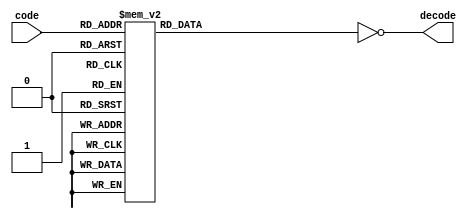
module SEG_4bit #(  // parameters
      parameter invert =1
   
) (	  // I/O Declaration
    input  [3:0] code,
   
    output reg [6:0] decode
   
);


always @ * begin
case (code) //case ( expression )
4'h0: decode = 7'b0111111; // constantExpr: action;
4'h1: decode = 7'b0000110; // constantExpr: action;
4'h2: decode = 7'b1011011; // constantExpr: action;7'b1110111;
4'h3: decode = 7'b1001111; // constantExpr: action;7'b1110001;
4'h4: decode = 7'b1100110;
4'h5: decode = 7'b1101101;
4'h6: decode = 7'b1011111;
4'h7: decode = 7'b0000111;
4'h8: decode = 7'b1111111;
4'h9: decode = 7'b1101111;
4'd10: decode =7'b1110111; 
4'd11: decode = 7'b111111;
4'd12: decode = 7'b0111001; // d for deicmal ,h hexadecimal did not work
4'd13: decode = 7'b0111111;
4'd14: decode = 7'b1111001;
4'd15: decode = 7'b1110001;

default: decode = 7'b0000000; // default: action;
endcase
if (invert) begin
decode=~decode;
end else begin
decode=decode;
end
end 

endmodule